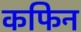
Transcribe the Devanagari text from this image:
कफिन